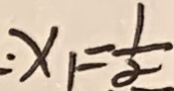
x _ { 1 } = \frac { 1 } { \alpha }